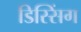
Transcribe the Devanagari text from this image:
डिस्सिंग